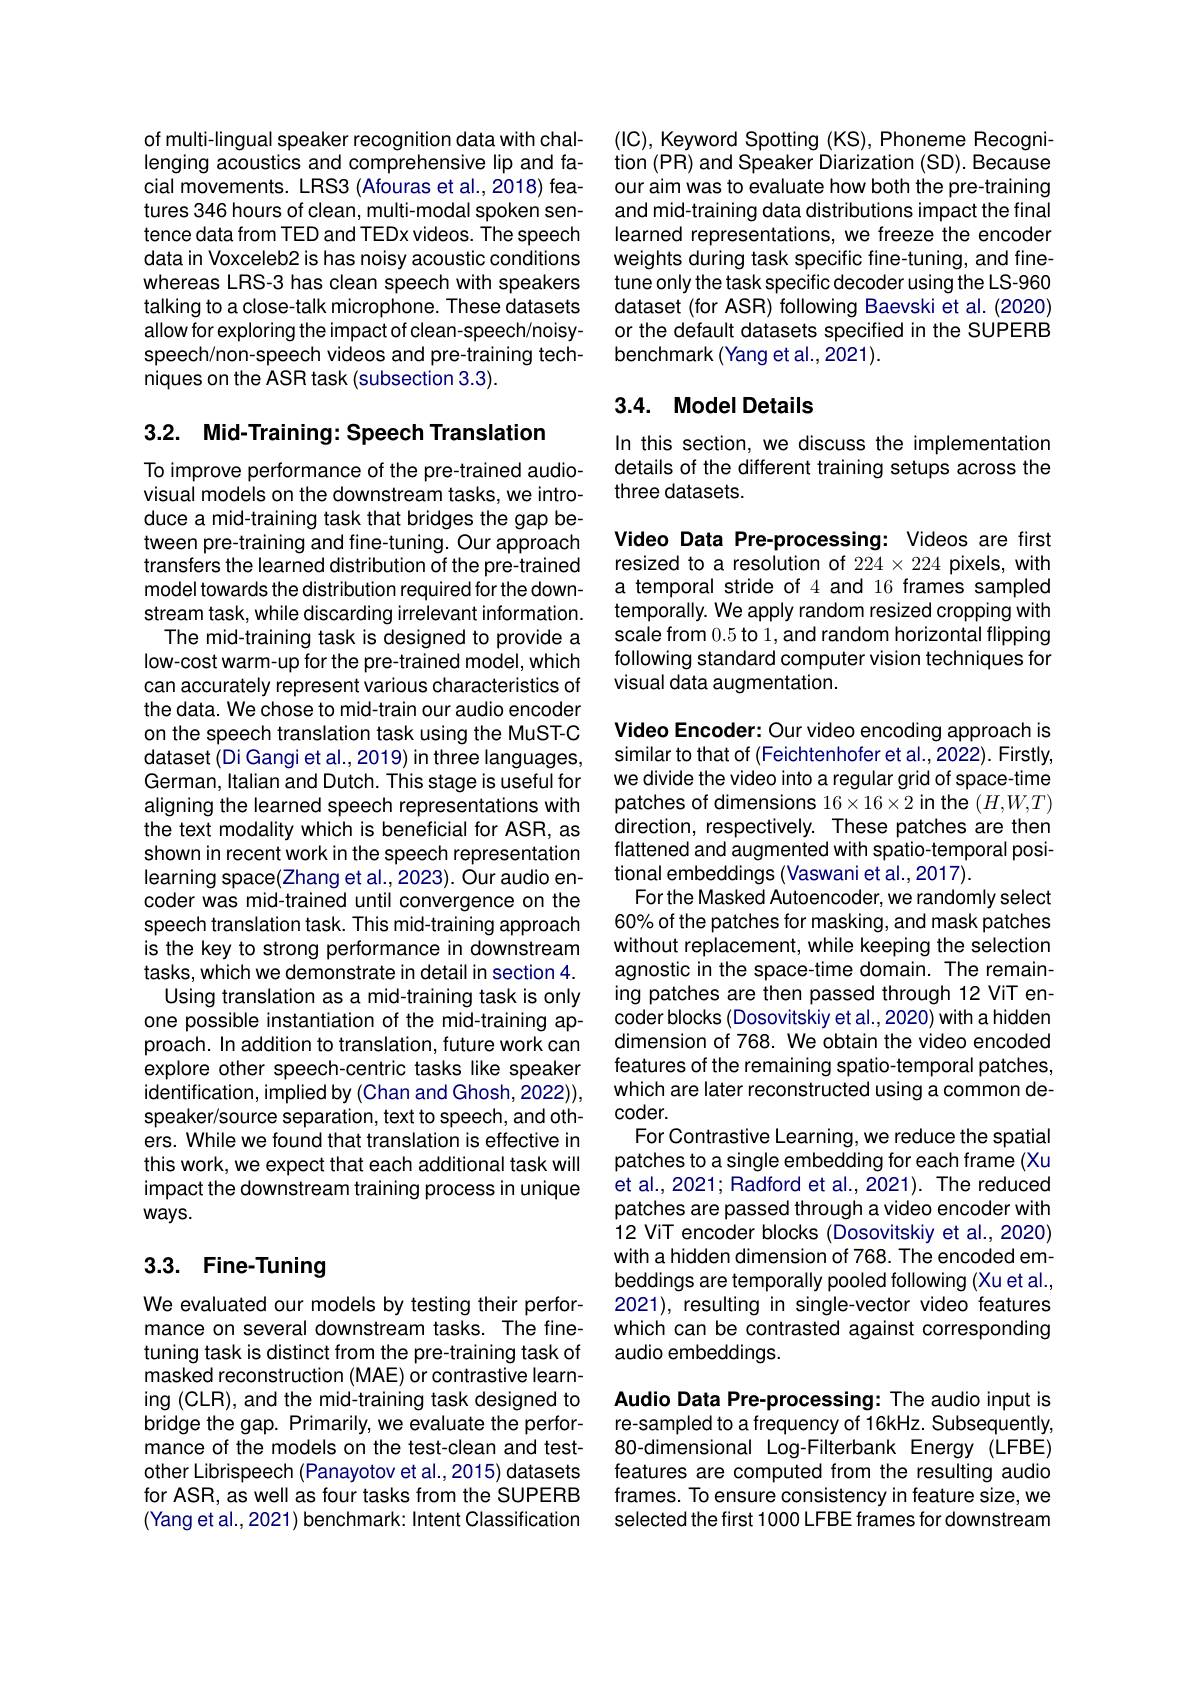
of multi- lingual speaker recognition data with challenging acoustics and comprehensive lip and facial movements. LRS3 (Afouras et al.,2018) features 346 hours of clean, multi-modal spoken sentence data from TED and TEDx videos. The speech data in Voxceleb2 is has noisy acoustic conditions whereas LRS-3 has clean speech with speakers talking to a close-talk microphone. These datasets allow for exploring the impact of clean-speech/noisyspeech/non-speech videos and pre-training techniques on the ASR task (subsection 3.3).

## 3.2. Mid-Training: Speech Translation

To improve performance of the pre-trained audiovisual models on the downstream tasks, we introduce a mid-training task that bridges the gap between pre-training and fine-tuning. Our approach transfers the learned distribution of the pre-trained model towards the distribution required for the downstream task, while discarding irrelevant information.
The mid-training task is designed to provide a low-cost warm-up for the pre-trained model, which can accurately represent various characteristics of the data. We chose to mid-train our audio encoder on the speech translation task using the MuST-C dataset (Di Gangi et al., 2019) in three languages, German, Italian and Dutch. This stage is useful for aligning the learned speech representations with the text modality which is beneficial for ASR, as shown in recent work in the speech representation learning space(Zhang et al.,2023). Our audio encoder was mid-trained until convergence on the speech translation task. This mid-training approach is the key to strong performance in downstream tasks, which we demonstrate in detail in section 4. Using translation as a mid-training task is only one possible instantiation of the mid-training approach. In addition to translation, future work can explore other speech-centric tasks like speaker identification, implied by (Chan and Ghosh, 2022)), speaker/source separation, text to speech, and others. While we found that translation is effective in this work, we expect that each additional task will impact the downstream training process in unique $ways.$

# 3.3. Fine-Tuning

We evaluated our models by testing their performance on several downstream tasks. The finetuning task is distinct from the pre-training task of masked reconstruction (MAE) or contrastive learning (CLR), and the mid-training task designed to bridge the gap. Primarily, we evaluate the performance of the models on the test-clean and testother Librispeech (Panayotov et al.,2015) datasets for ASR, as well as four tasks from the SUPERB (Yang et al., 2021) benchmark: Intent Classification

(IC), Keyword Spotting (KS), Phoneme Recognition (PR) and Speaker Diarization (SD). Because our aim was to evaluate how both the pre-training and mid-training data distributions impact the final learned representations, we freeze the encoder weights during task specific fine-tuning, and finetune only the task specific decoder using the LS-960 dataset (for ASR) following Baevski et al. (2020) or the default datasets specified in the SUPERB benchmark (Yang et al., 2021).

## 3.4. Model Details

In this section, we discuss the implementation details of the different training setups across the three datasets.

Video Data Pre-processing: Videos are first resized to a resolution of $224\times224$ pixels, with a temporal stride of 4 and 16 frames sampled temporally. We apply random resized cropping with scale from 0.5 to 1, and random horizontal flipping following standard computer vision techniques for visual data augmentation.

Video Encoder: Our video encoding approach is similar to that of (Feichtenhofer et al., 2022). Firstly, we divide the video into a regular grid of space-time patches of dimensions 16×16×2 in the $(H,W,T)$ direction, respectively. These patches are then flattened and augmented with spatio-temporal positional embeddings (Vaswani et al., 2017).
For the Masked Autoencoder, we randomly select 60% of the patches for masking, and mask patches without replacement, while keeping the selection agnostic in the space-time domain. The remaining patches are then passed through 12 ViT encoder blocks (Dosovitskiy et al., 2020) with a hidden dimension of 768. We obtain the video encoded features of the remaining spatio-temporal patches, which are later reconstructed using a common de- $coder.$
For Contrastive Learning, we reduce the spatial patches to a single embedding for each frame (Xu et al., 2021; Radford et al., 2021). The reduced patches are passed through a video encoder with 12 ViT encoder blocks (Dosovitskiy et al., 2020) with a hidden dimension of 768. The encoded embeddings are temporally pooled following (Xu et al., 2021), resulting in single-vector video features which can be contrasted against corresponding audio embeddings.

Audio Data Pre-processing: The audio input is re-sampled to a frequency of 16kHz. Subsequently, 80-dimensional Log-Filterbank Energy (LFBE) features are computed from the resulting audio frames. To ensure consistency in feature size, we selected the first 1000 LFBE frames for downstream